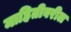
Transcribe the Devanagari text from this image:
माहितीवरील